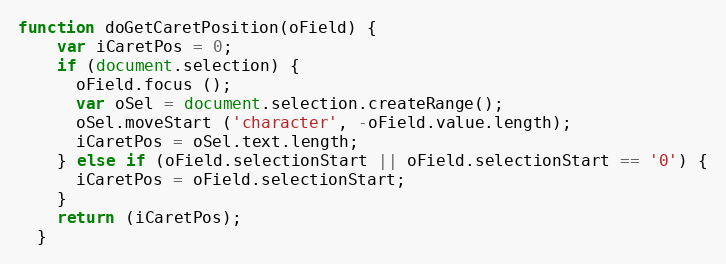
Language: JavaScript
function doGetCaretPosition(oField) {
    var iCaretPos = 0;
    if (document.selection) {
      oField.focus ();
      var oSel = document.selection.createRange();
      oSel.moveStart ('character', -oField.value.length);
      iCaretPos = oSel.text.length;
    } else if (oField.selectionStart || oField.selectionStart == '0') {
      iCaretPos = oField.selectionStart;
    }
    return (iCaretPos);
  }